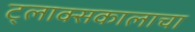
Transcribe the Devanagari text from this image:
ट्लाक्सकालाचा